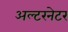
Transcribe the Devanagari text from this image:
अल्‍टरनेटर